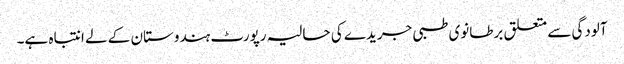
آلودگی سے متعلق برطانوی طبی جریدے کی حالیہ رپورٹ ہندوستان کے لے انتباہ ہے۔